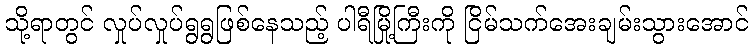
သို့ရာတွင် လှုပ်လှုပ်ရွရွဖြစ်နေသည့် ပါရီမြို့ကြီးကို ငြိမ်သက်အေးချမ်းသွားအောင်